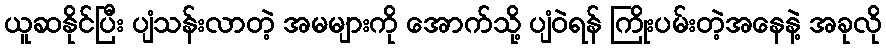
ယူဆနိုင်ပြီး ပျံသန်းလာတဲ့ အမများကို အောက်သို့ ပျံဝဲရန် ကြိုးပမ်းတဲ့အနေနဲ့ အခုလို